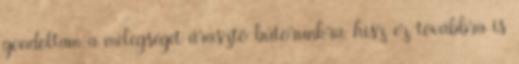
gondoltam a melegséget árasztó bútorunkra, hisz ez továbbra is